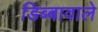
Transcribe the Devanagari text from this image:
डिब्बावाले